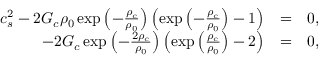
\begin{array} { r l r } { c _ { s } ^ { 2 } - 2 G _ { c } \rho _ { 0 } \exp \left( - \frac { \rho _ { c } } { \rho _ { 0 } } \right) \left( \exp \left( - \frac { \rho _ { c } } { \rho _ { 0 } } \right) - 1 \right) } & { = } & { 0 , } \\ { - 2 G _ { c } \exp \left( - \frac { 2 \rho _ { c } } { \rho _ { 0 } } \right) \left( \exp \left( \frac { \rho _ { c } } { \rho _ { 0 } } \right) - 2 \right) } & { = } & { 0 , } \end{array}